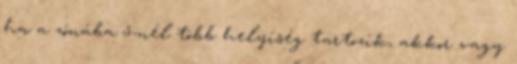
ha a zónába 5-nél több helyiség tartozik, akkor vagy